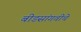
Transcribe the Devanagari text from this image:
बीडसांगवीचे